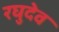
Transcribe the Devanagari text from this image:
रघुदेव